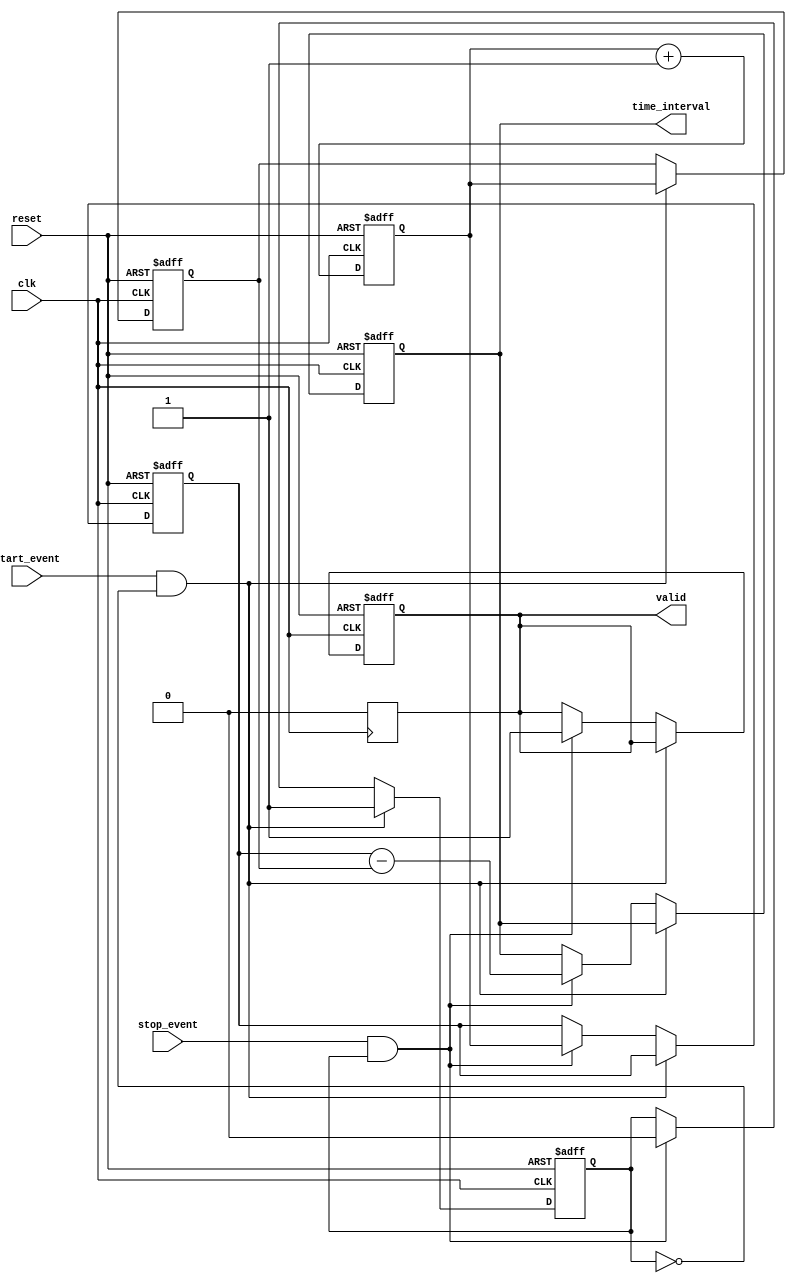
module TDC (
    input wire clk,               // High-frequency clock
    input wire reset,             // Asynchronous reset
    input wire start_event,       // Start event signal
    input wire stop_event,        // Stop event signal
    output reg [31:0] time_interval, // Output time interval
    output reg valid              // Indicates valid output
);
    reg [31:0] counter;           // Counter to keep track of time
    reg [31:0] start_time;        // Start time timestamp
    reg [31:0] stop_time;         // Stop time timestamp
    reg capturing;                // State to track capturing of events

    // Counter process
    always @(posedge clk or posedge reset) begin
        if (reset) begin
            counter <= 32'b0;      // Reset the counter
        end else begin
            counter <= counter + 1; // Increment counter on each clock edge
        end
    end

    // Event detection and timestamp capturing process
    always @(posedge clk or posedge reset) begin
        if (reset) begin
            capturing <= 1'b0;        // Reset capturing state
            start_time <= 32'b0;      // Clear start_time
            stop_time <= 32'b0;       // Clear stop_time
            time_interval <= 32'b0;    // Clear time interval
            valid <= 1'b0;             // Clear valid signal
        end else begin
            if (start_event && !capturing) begin
                start_time <= counter; // Capture start time
                capturing <= 1'b1;      // Enter capturing state
            end else if (stop_event && capturing) begin
                stop_time <= counter;  // Capture stop time
                time_interval <= stop_time - start_time; // Calculate time interval
                valid <= 1'b1;         // Indicate output is valid
                capturing <= 1'b0;      // Reset capturing state
            end
        end
    end

    // Optional: Clear valid signal after reading the time_interval
    always @(posedge clk) begin
        if (valid) begin
            valid <= 1'b0; // Reset valid signal for the next measurement
        end
    end

endmodule